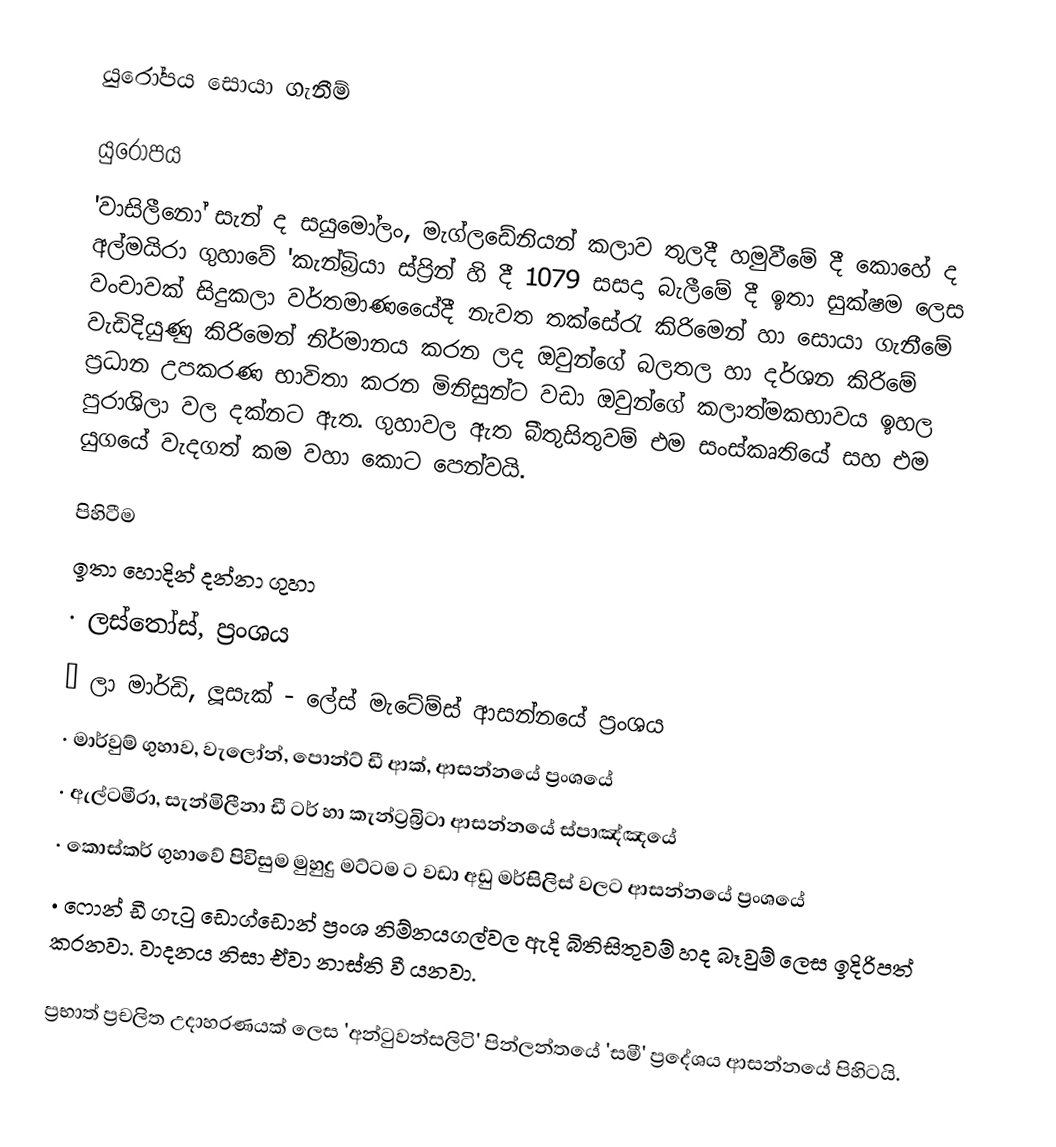
යුරෝපය සොයා ගැනීම්

යුරෝපය
'වාසි‍ලීනෝ සැන් ද සයුමෝලං, මැග්ල‍ඩේනියන් කලාව තුලදී හමුවීමේ දී කොහේ ද අල්මයිරා ගුහාවේ 'කැන්බ්‍රියා ස්ප්‍රින් හි දී 1079 සසදා බැලීමේ දී ඉතා සුක්ෂම ලෙස වංචාවක් සිදුකලා  වර්තමාණයෙේදී නැවත තක්සේරැ කිරිමෙන් හා සොයා ගැනීමේ වැඩිදියුණු  කිරිමෙන් නිර්මානය කරන ලද ඔවුන්ගේ බලතල හා දර්ශන කිරිමේ ප්‍රධාන උපකරණ භාවිතා කරන මිනිසුන්ට වඩා ඔවුන්ගේ කලාත්මකභාවය ඉහල පුරාශිලා වල දක්නට ඇත.  ගුහාවල ඇත ිබිතුසිතුවම් එම සංස්කෘතියේ සහ එම යුගයේ වැදගත් කම වහා කොට පෙන්වයි.

පිහිටීම
ඉතා හොදින් දන්නා ගුහා
·	ලස්තෝස්, ප්‍රංශය
·	ලා මාර්ඩි, ලූසැක්  - ලේස් මැටේම්ස් ආසන්නයේ ප්‍රංශය
·	මාර්වුම් ගුහාව, වැලෝන්, පොන්ට් ඩී ආක්, ආසන්නයේ ප්‍රංශයේ
·	ඇල්ටමීරා, සැන්මිලීනා ඩී ටර් හා කැන්ට්‍රබ්‍රිටා ආසන්නයේ ස්පාඤ්ඤයේ
·	කොස්කර් ගුහාවේ පිවිසුම මුහුදු මට්ටම ට වඩා අඩු මර්සිලිස් වලට ආසන්නයේ  ප්‍රංශයේ
·	ෆොන් ඩී ගැටු ඩොග්ඩොන් ප්‍රංශ නිම්නයගල්වල ඇදි බිතිසිතුවම් හද බෑවුම් ලෙස ඉදිරිපත් කරනවා. වාදනය නිසා ඒවා නාස්ති වී යනවා.

ප්‍රභාත් ප්‍රචලිත උදාහරණයක් ලෙස 'අන්ටුවන්සලිටි' පින්ලන්තයේ 'සමී' ප්‍රදේශය ආසන්නයේ පිහිටයි.